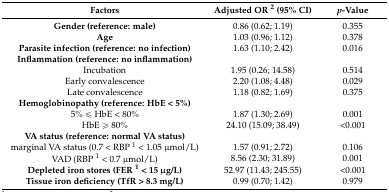
<table><thead><tr><td><b>Factors</b></td><td><b>Adjusted OR <sup>2</sup> (95% CI)</b></td><td><b><i>p</i>-Value</b></td></tr></thead><tbody><tr><td><b>Gender (reference: male)</b></td><td>0.86 (0.62; 1.19)</td><td>0.355</td></tr><tr><td><b>Age</b></td><td>1.03 (0.96; 1.12)</td><td>0.378</td></tr><tr><td><b>Parasite infection (reference: no infection)</b></td><td>1.63 (1.10; 2.42)</td><td>0.016</td></tr><tr><td><b>Inflammation (reference: no inflammation)</b></td><td></td><td></td></tr><tr><td>Incubation</td><td>1.95 (0.26; 14.58)</td><td>0.514</td></tr><tr><td>Early convalescence</td><td>2.20 (1.08; 4.48)</td><td>0.029</td></tr><tr><td>Late convalescence</td><td>1.18 (0.82; 1.69)</td><td>0.375</td></tr><tr><td><b>Hemoglobinopathy (reference: HbE &lt; 5%)</b></td><td></td><td></td></tr><tr><td>5% ≤ HbE &lt; 80%</td><td>1.87 (1.30; 2.69)</td><td>0.001</td></tr><tr><td>HbE ≥ 80%</td><td>24.10 (15.09; 38.49)</td><td>&lt;0.001</td></tr><tr><td><b>VA status (reference: normal VA status)</b></td><td></td><td></td></tr><tr><td>marginal VA status (0.7 &lt; RBP <sup>1</sup> &lt; 1.05 μmol/L)</td><td>1.57 (0.91; 2.72)</td><td>0.106</td></tr><tr><td>VAD (RBP <sup>1</sup> &lt; 0.7 μmol/L)</td><td>8.56 (2.30; 31.89)</td><td>0.001</td></tr><tr><td><b>Depleted iron stores (FER <sup>1</sup> &lt; 15 μg/L)</b></td><td>52.97 (11.43; 245.55)</td><td>&lt;0.001</td></tr><tr><td><b>Tissue iron deficiency (TfR &gt; 8.3 mg/L)</b></td><td>0.99 (0.70; 1.42)</td><td>0.979</td></tr></tbody></table>